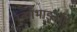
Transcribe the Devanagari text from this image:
स्वर्गभाङ्नहि